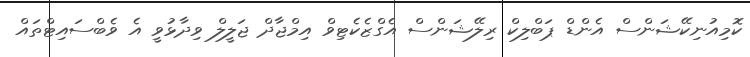
ކޮމިއުނިކޭޝަންސް އެންޑް ޕަބްލިކް ރިލޭޝަންސް އެގްޒެކެޓިވް އިމްޖާދް ޖަލީލް ވިދާޅުވީ އެ ވެބްސައިޓްތައް